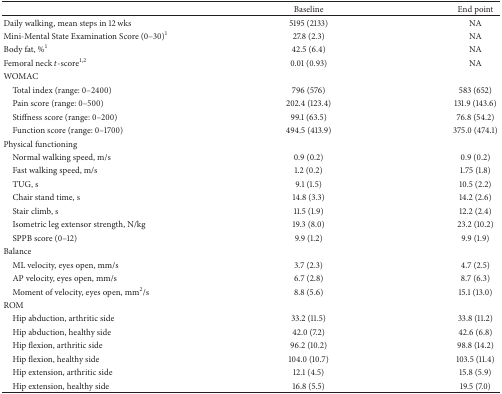
<table><thead><tr><td><b> </b></td><td><b>Baseline</b></td><td><b>End point</b></td></tr></thead><tbody><tr><td>Daily walking, mean steps in 12 wks</td><td>5195 (2133)</td><td>NA</td></tr><tr><td>Mini-Mental State Examination Score (0–30)<sup>1</sup></td><td>27.8 (2.3)</td><td>NA</td></tr><tr><td>Body fat, %<sup>1</sup></td><td>42.5 (6.4)</td><td>NA</td></tr><tr><td>Femoral neck <i>t</i>-score<sup>1, 2</sup></td><td>0.01 (0.93)</td><td>NA</td></tr><tr><td>WOMAC</td><td> </td><td> </td></tr><tr><td> Total index (range: 0–2400)</td><td>796 (576)</td><td>583 (652)</td></tr><tr><td> Pain score (range: 0–500)</td><td>202.4 (123.4)</td><td>131.9 (143.6)</td></tr><tr><td> Stiffness score (range: 0–200)</td><td>99.1 (63.5)</td><td>76.8 (54.2)</td></tr><tr><td> Function score (range: 0–1700)</td><td>494.5 (413.9)</td><td>375.0 (474.1)</td></tr><tr><td>Physical functioning</td><td> </td><td> </td></tr><tr><td> Normal walking speed, m/s</td><td>0.9 (0.2)</td><td>0.9 (0.2)</td></tr><tr><td> Fast walking speed, m/s</td><td>1.2 (0.2)</td><td>1.75 (1.8)</td></tr><tr><td> TUG, s</td><td>9.1 (1.5)</td><td>10.5 (2.2)</td></tr><tr><td> Chair stand time, s</td><td>14.8 (3.3)</td><td>14.2 (2.6)</td></tr><tr><td> Stair climb, s</td><td>11.5 (1.9)</td><td>12.2 (2.4)</td></tr><tr><td> Isometric leg extensor strength, N/kg</td><td>19.3 (8.0)</td><td>23.2 (10.2)</td></tr><tr><td> SPPB score (0–12)</td><td>9.9 (1.2)</td><td>9.9 (1.9)</td></tr><tr><td>Balance</td><td> </td><td> </td></tr><tr><td> ML velocity, eyes open, mm/s</td><td>3.7 (2.3)</td><td>4.7 (2.5)</td></tr><tr><td> AP velocity, eyes open, mm/s</td><td>6.7 (2.8)</td><td>8.7 (6.3)</td></tr><tr><td> Moment of velocity, eyes open, mm<sup>2</sup>/s</td><td>8.8 (5.6)</td><td>15.1 (13.0)</td></tr><tr><td>ROM</td><td> </td><td> </td></tr><tr><td> Hip abduction, arthritic side</td><td>33.2 (11.5)</td><td>33.8 (11.2)</td></tr><tr><td> Hip abduction, healthy side</td><td>42.0 (7.2)</td><td>42.6 (6.8)</td></tr><tr><td> Hip flexion, arthritic side</td><td>96.2 (10.2)</td><td>98.8 (14.2)</td></tr><tr><td> Hip flexion, healthy side</td><td>104.0 (10.7)</td><td>103.5 (11.4)</td></tr><tr><td> Hip extension, arthritic side</td><td>12.1 (4.5)</td><td>15.8 (5.9)</td></tr><tr><td> Hip extension, healthy side</td><td>16.8 (5.5)</td><td>19.5 (7.0)</td></tr></tbody></table>